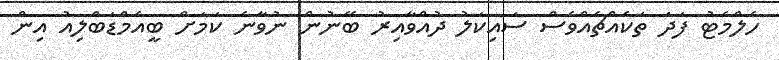
ހެލްމެޓު ފަދަ ތަކެއްޗެއްވެސް ސައިކަލު ދުއްވާއިރު ބޭނުން ނުވާނެ ކަމަށް ބީއެމްޑަބްލިއު އިން